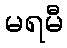
မရမီ